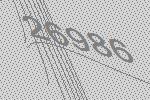
26986